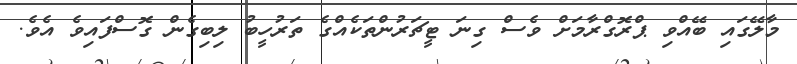
މާލޭގައި ބޭއްވި ޕްރޮގްރާމަށް ވެސް ގިނަ ޓީޗަރުންތަކެއްގެ ތަރުހީބު ލިބިގެން ގޮސްފައިވެ އެވެ.